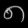
Digit: ၈